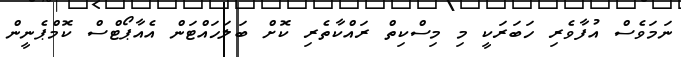
ނަމަވެސް އުފާވެރި ހަބަރަކީ މި މިސްކިތް ރައްކާތެރި ކޮށް ބަލަހައްޓަން އެއާޕޯޓްސް ކޮމްޕެނީން